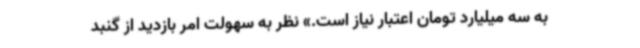
به سه میلیارد تومان اعتبار نیاز است.» نظر به سهولت امر بازدید از گنبد